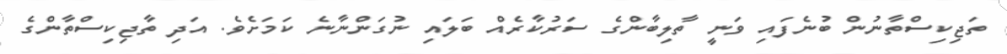
ތަޖިކިސްތާނުން ބުނެފައި ވަނީ ތާލިބާންގެ ސަރުކާރެއް ބަލައި ނުގަންނާނެ ކަމަށެވެ. އަދި ތާޖިކިސްތާންގެ